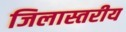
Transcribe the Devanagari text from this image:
जिलास्तरीय